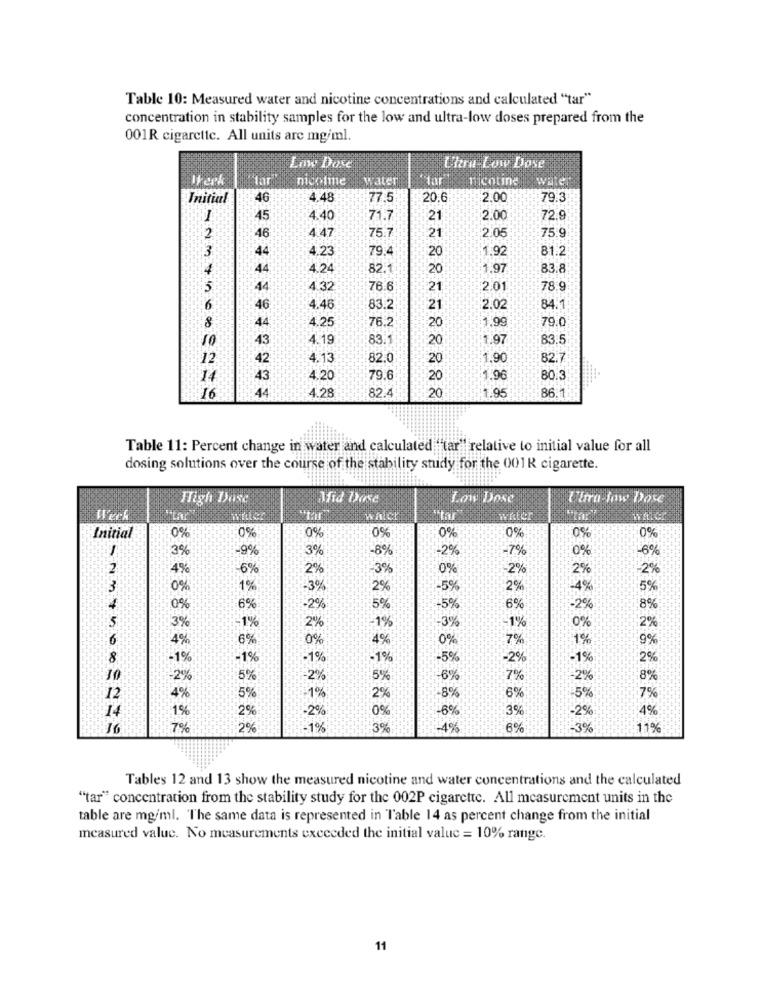
Table 10: Measured water and nicotine concentrations and calculated "tar"
concentration in stability samples for the low and ultra-low doses prepared from the
001R cigarette. All units are mg/ml.
Low Dose
Uhra Low Dose
Werk
tar
nicoline
swater
tar
nicotine
water
Initial
46
4.48
77.5
20.6
2.00
79.3
1
45
4.40
71.7
21
2.00
72.9
2
4.47
21
2.0
75.9
46
75.7
:3
44
4.23
79.4
20
1.92
81.2
44
4.24
82.
20
1,97
83.8
:5
44
4.32
76.6
:21
201
78.9
46
4.46
83.2
21
2.0
84.1
44
4.25
76.2
20
1,99
79.0
8
43
4.19
83.1
20
1.97
83.5
12
42
4.13
82.0
20
1.90
82.7
14
43
4.20
79.6
20
1.96
44
20
1.95
86.1:
16
4.28
82.4
Table 11: Percent change in water and calculated ""tar" relative to initial value for all
dosing solutions over the course of the stability study for the 001K cigarette.
High Dose
Afid Dose
Low Dose
Uhra low Dose
Werk
which
"tar
Initial
0%
0%
0%
0%
0%
0%
0%
0%
3%
-9%
3%
-8%
-7%
0%
-6%
2
4%
6%
2%
3%
0%
2%
2%
2%
:3
0%
1%
-3%
2%
5%
2%
4%
5%
0%
6%
-2%
5%
5%
6%
2%
8%
5
-1%
1%
3%
2%
-3%
-1%
0%
2%
6
4%
6%
0%
4%
0%
7%
1%
9%
8
+1%
-1%
-1%
1%
5%
-2%
-1%
2%
10
-2%
5%
2%
:5%
6%
7%
-2%
:8%
7%
12
4%
5%
1%
2%
-8%
6%
14
1%
2%
-6%
3%
-2%
-29
7%
2%
1%
3%
-4%
6%
-3%
11%
Tables 12 and 13 show the measured nicotine and water concentrations and the calculated
"tar" concentration from the stability study for the 002P cigarette. All measurement units in the
table are mg/ml. The same data is represented in Table 14 as percent change from the initial
measured value. No measurements exceeded the initial value = 10% range.
11